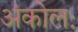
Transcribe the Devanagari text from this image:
अंकोलः